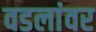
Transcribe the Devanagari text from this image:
वडलांवर